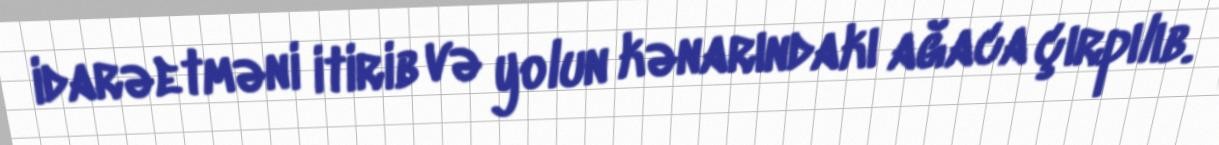
idarəetməni itirib və yolun kənarındakı ağaca çırpılıb.